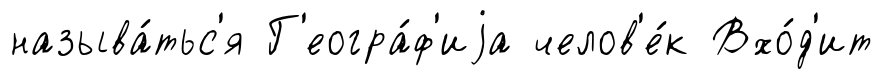
называ́тьс'я Г'еогра́ф'иjа челов'е́к Вхо́д'ит